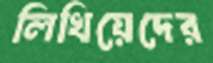
লিখিয়েদের